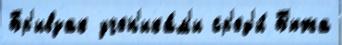
Бр'ивзак учен'ика́м'и ср'ед'и́ Б'южа